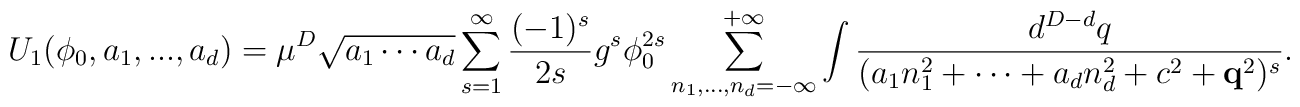
U_{1}(\phi _{0},a_{1},...,a_{d})=\mu ^{D}\sqrt{a_{1}\cdots a_{d}}\sum_{s=1}^{\infty }\frac{(-1)^{s}}{2s}g^{s}\phi_{0}^{2s}\sum_{n_{1},...,n_{d}=-\infty }^{+\infty }\int \frac{d^{D-d}q}{(a_{1}n_{1}^{2}+\cdots +a_{d}n_{d}^{2}+c^{2}+{\bf q}^{2})^{s}}.